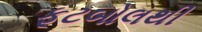
ફૂટબોલથી